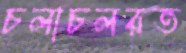
চলাচলরত